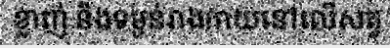
ខ្លាញ់ និងទម្ងន់រាងកាយនៅលើសត្វ